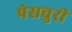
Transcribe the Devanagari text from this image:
पेसचुरी